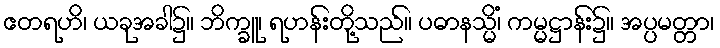
ဧတရဟိ၊ ယခုအခါ၌။ ဘိက္ခူ၊ ရဟန်းတို့သည်။ ပဓာနသ္မိံ၊ ကမ္မဋ္ဌာန်း၌။ အပ္ပမတ္တာ၊